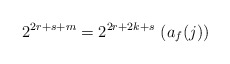
\begin{align*}2^{2r+s+m} = 2^{2r+2k+s}\,\,(a_f(j)) \end{align*}